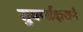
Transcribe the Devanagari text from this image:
सुवर्णाक्षराने